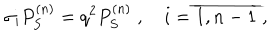
LaTeX: \sigma _ { i } P _ { S } ^ { ( n ) } = q ^ { 2 } P _ { S } ^ { ( n ) } \; , \quad i = \overline { { { 1 , n - 1 } } } \; ,